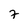
Character: 7